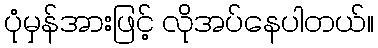
ပုံမှန်အားဖြင့် လိုအပ်နေပါတယ်။